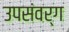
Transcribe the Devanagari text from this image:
उपसंवर्ग